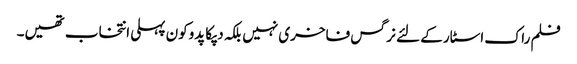
فلم راک اسٹار کے لئے نرگس فاخری نہیں بلکہ دپکا پدوکون پہلی انتخاب تھیں۔